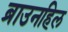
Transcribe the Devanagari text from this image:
ब्राउनहिल